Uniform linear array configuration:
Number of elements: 16
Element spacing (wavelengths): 0.5
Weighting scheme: cosine
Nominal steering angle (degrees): -30
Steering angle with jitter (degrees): -31.219
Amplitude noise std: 0.05
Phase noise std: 0.05

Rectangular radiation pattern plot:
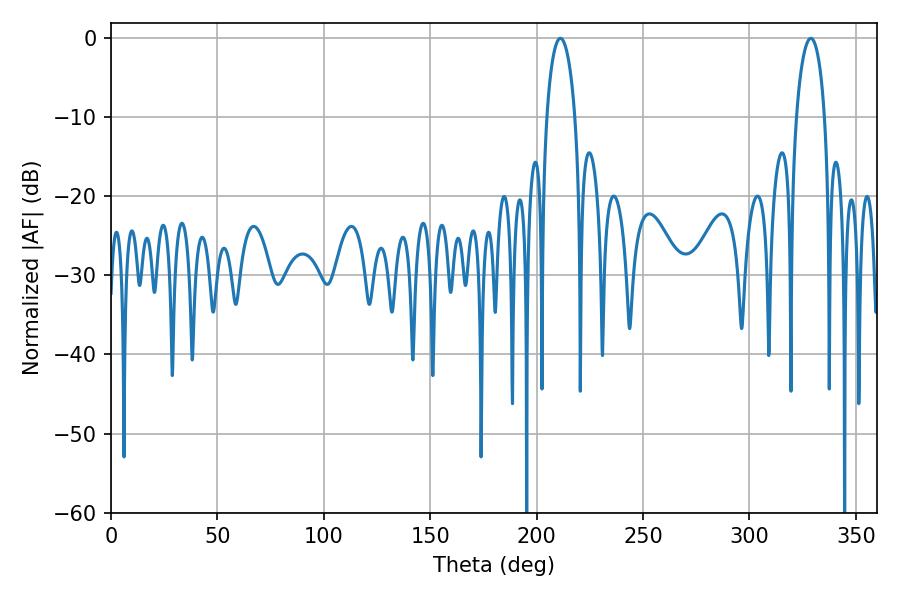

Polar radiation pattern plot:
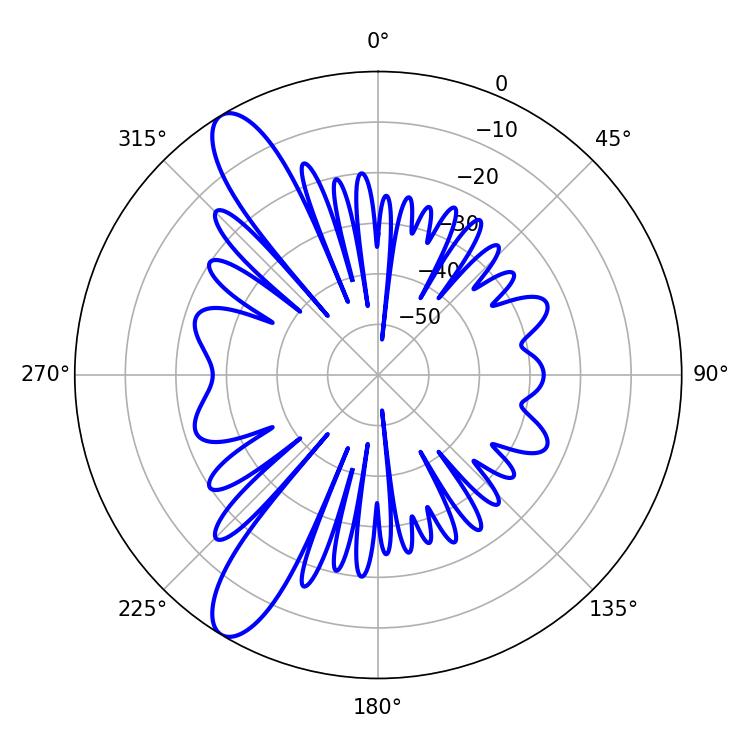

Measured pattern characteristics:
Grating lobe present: FALSE
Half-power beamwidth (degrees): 7.74
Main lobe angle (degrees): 211.14